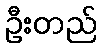
ဦးတည်